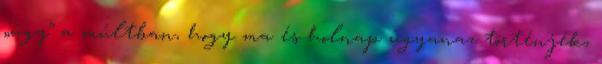
„úgy” a múltban, hogy ma és holnap ugyanaz történjék,